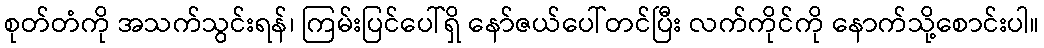
စုတ်တံကို အသက်သွင်းရန်၊ ကြမ်းပြင်ပေါ်ရှိ နော်ဇယ်ပေါ်တင်ပြီး လက်ကိုင်ကို နောက်သို့စောင်းပါ။